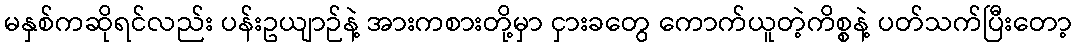
မနှစ်ကဆိုရင်လည်း ပန်းဥယျာဉ်နဲ့ အားကစားတို့မှာ ငှားခတွေ ကောက်ယူတဲ့ကိစ္စနဲ့ ပတ်သက်ပြီးတော့